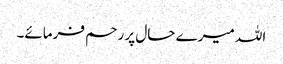
اللہ میرے حال پر رحم فرمائے۔